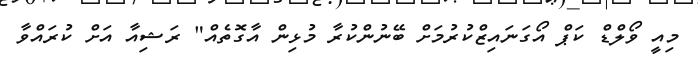
މިއީ ވޯލްޑް ކަޕް އޯގަނައިޒްކުރުމަށް ބޭނުންކުރާ މުޅިން އާގޮތެއް" ރަޝިއާ އަށް ކުރައްވާ